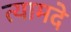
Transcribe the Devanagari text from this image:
त्यामदे